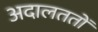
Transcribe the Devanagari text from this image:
अदालततों